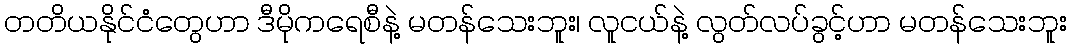
တတိယနိုင်ငံတွေဟာ ဒီမိုကရေစီနဲ့ မတန်သေးဘူး၊ လူငယ်နဲ့ လွတ်လပ်ခွင့်ဟာ မတန်သေးဘူး